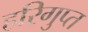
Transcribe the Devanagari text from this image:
हरिगुप्त